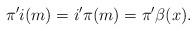
LaTeX: \begin{align*}\pi'i(m)=i'\pi(m) = \pi'\beta(x).\end{align*}